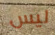
ليس